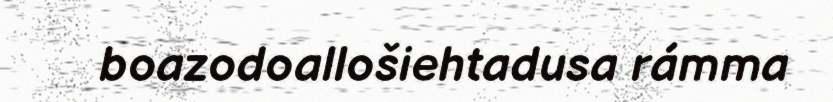
boazodoallošiehtadusa rámma